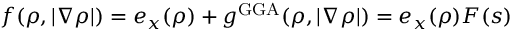
f ( \rho , | \nabla \rho | ) = e _ { x } ( \rho ) + g ^ { \mathrm { G G A } } ( \rho , | \nabla \rho | ) = e _ { x } ( \rho ) F ( s )